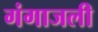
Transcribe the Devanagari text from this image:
गंगाजली